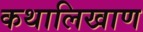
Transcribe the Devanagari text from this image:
कथालिखाण